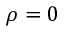
\rho = 0